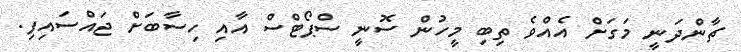
ޗާންދަނީ މަގަށް އެއްވެ ތިބި މީހުން ސޮނީ ސްޕޯޓްސް އާއި ހިސާބަށް ޖައްސައިފި.